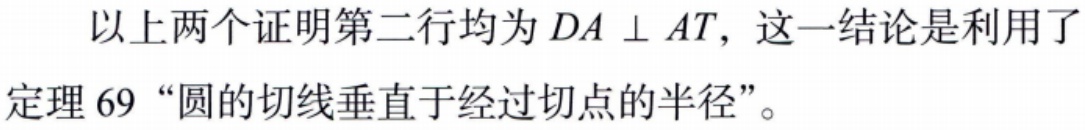
以上两个证明第二行均为 \(DA \perp AT\)，这一结论是利用了定理 69 “圆的切线垂直于经过切点的半径”。